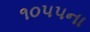
૧૦૫૫ના